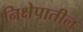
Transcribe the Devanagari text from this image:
निक्षेपातील